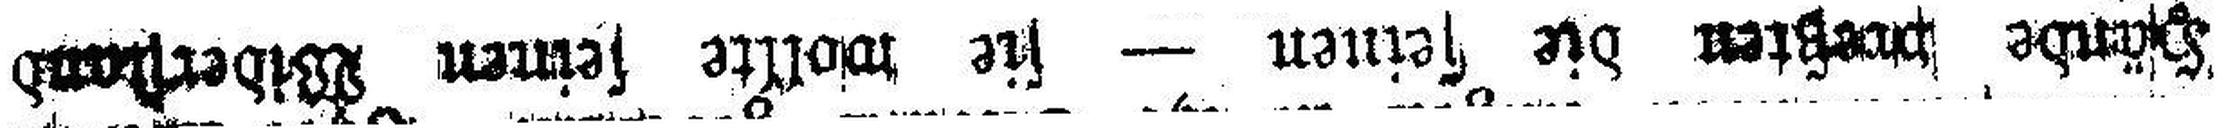
Hände preßten die seinen — sie wollte seinen Widerstand